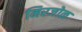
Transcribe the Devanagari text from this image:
मिरजोळ